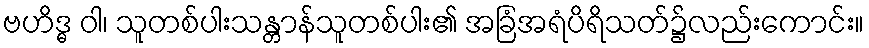
ဗဟိဒ္ဓ ဝါ၊ သူတစ်ပါးသန္တာန်သူတစ်ပါး၏ အခြံအရံပိရိသတ်၌လည်းကောင်း။